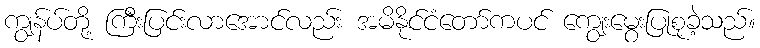
ကျွန်ပ်တို့ ကြီးပြင်းလာအောင်လည်း အမိနိုင်ငံတော်ကပင် ကျွေးမွေးပြုစုခဲ့သည်။